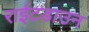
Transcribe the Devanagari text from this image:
राईटडाउन